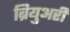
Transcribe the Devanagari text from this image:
ब्रियुअरी